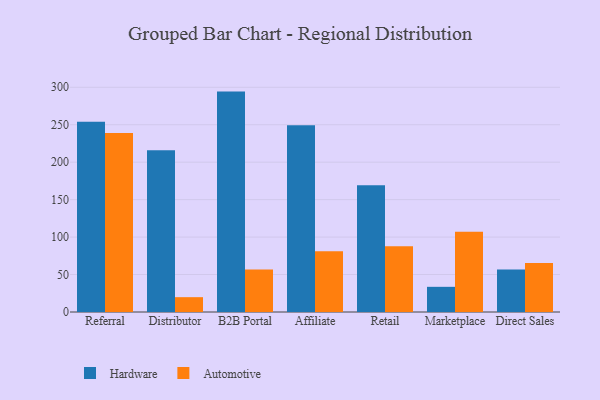
{"axis": {"x": "Channel", "y": "Bounce Rate (%)"}, "legend": ["Automotive", "Hardware"], "data": [{"x": "Referral", "y": 253.9, "type": "Hardware"}, {"x": "Referral", "y": 238.9, "type": "Automotive"}, {"x": "Distributor", "y": 215.9, "type": "Hardware"}, {"x": "Distributor", "y": 19.8, "type": "Automotive"}, {"x": "B2B Portal", "y": 294.2, "type": "Hardware"}, {"x": "B2B Portal", "y": 56.7, "type": "Automotive"}, {"x": "Affiliate", "y": 249.3, "type": "Hardware"}, {"x": "Affiliate", "y": 81.1, "type": "Automotive"}, {"x": "Retail", "y": 169.1, "type": "Hardware"}, {"x": "Retail", "y": 87.7, "type": "Automotive"}, {"x": "Marketplace", "y": 33.6, "type": "Hardware"}, {"x": "Marketplace", "y": 107.2, "type": "Automotive"}, {"x": "Direct Sales", "y": 56.6, "type": "Hardware"}, {"x": "Direct Sales", "y": 65.5, "type": "Automotive"}]}